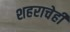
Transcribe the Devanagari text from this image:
शहराचेही